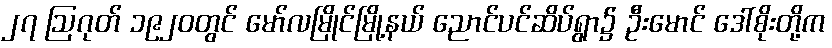
၂၇ ဩဂုတ် ၁၉၂၀တွင် မော်လမြိုင်မြို့နယ် ညောင်ပင်ဆိပ်ရွာ၌ ဦးမောင် ဒေါ်စိုးတို့က